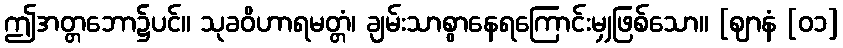
ဤအတ္တဘော၌ပင်။ သုခဝိဟာရမတ္တံ၊ ချမ်းသာစွာနေရကြောင်းမျှဖြစ်သော။ [ဈာနံ [၀၁]